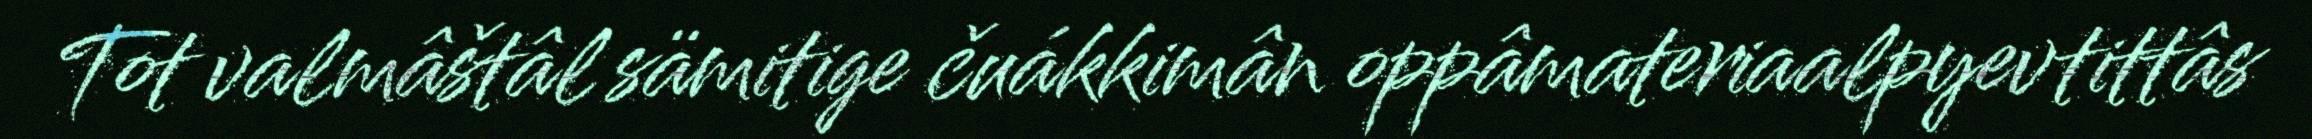
Tot valmâštâl sämitige čuákkimân oppâmateriaalpyevtittâs